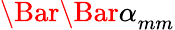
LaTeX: \Bar{\Bar{\alpha}}_{mm}